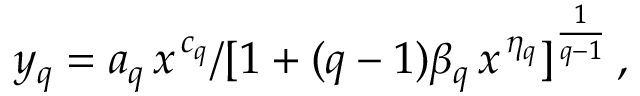
y _ { q } = a _ { q } \, x ^ { \, c _ { q } } / [ 1 + ( q - 1 ) \beta _ { q } \, x ^ { \, \eta _ { q } } ] ^ { \frac { 1 } { q - 1 } } \, ,